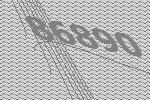
86890